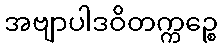
အဗျာပါဒဝိတက္ကဉ္စေ